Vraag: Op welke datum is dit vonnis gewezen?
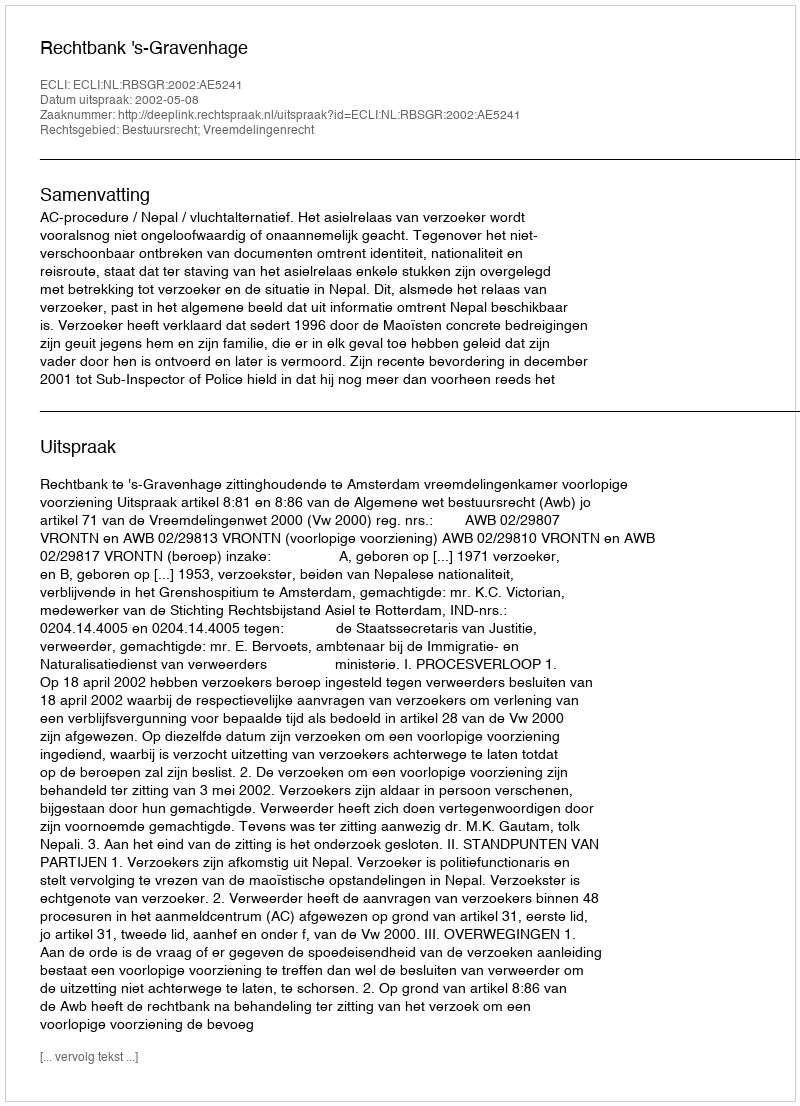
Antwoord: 2002-05-08